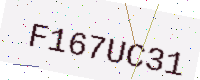
Text: F167UC31